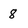
Character: 8